Manual of the Civil Veterinary Department, Central Provinces and Berar
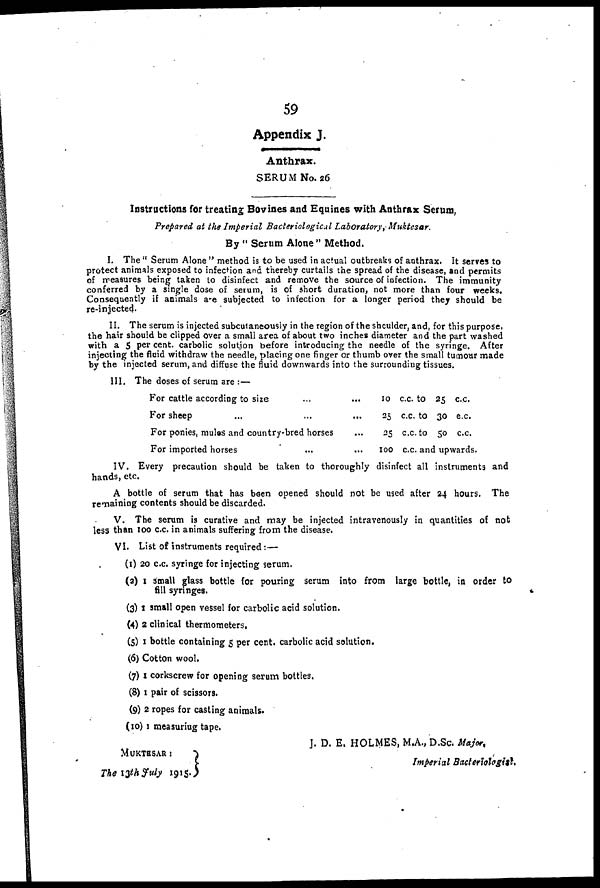
59
Appendix J.
Anthrax.
SERUM No. 26
Instructions for treating Bovines and Equines with Anthrax Serum,
Prepared at the Imperial Bacteriological Laboratory, Muktesar.
By " Serum Alone " Method.
I. The " Serum Alone " method is to be used in actual outbreaks of anthrax. It serves to
protect animals exposed to infection and thereby curtails the spread of the disease, and permits
of measures being taken to disinfect and remove the source of infection. The immunity
conferred by a single dose of serum, is of short duration, not more than four weeks.
Consequently if animals a r e subjected to infection for a longer period they should be
re-injected.
II. The serum is injected subcutaneously in the region of the shoulder, and, for this purpose,
the hair should be clipped over a small area of about two inches diameter and the part washed
with a 5 per cent. carbolic solution before introducing the needle of the syringe. After
injecting the fluid withdraw the needle, placing one finger or thumb over the small tumour made
by the injected serum, and diffuse the fluid downwards into the surrounding tissues.
III. The doses of serum are :—
For cattle accordiog to site
...
...
For sheep
...
...
...
For ponies, mules and country-bred horses
...
For imported horses
...
...
10 c.c. to 35 c.c.
25 c.c. to 30 e.c.
35 c.c. to 50 c.c.
100 c.c. and upwards.
IV. Every precaution should be taken to thoroughly disinfect all instruments and
hands, etc.
A bottle of serum that has been opened should not be used after 24 hours. The
renaining contents should be discarded.
V. The serum is curative and may be injected intravenously in quantities of not
less than 100 c.c. in animals suffering from the disease.
VI. List of instruments required:—
(1) 20 c.c. syringe for injecting serum.
(2) 1 small glass bottle for pouring serum into from large bottle, in order to
fill syringes.
(3) 1 small open vessel for carbolic acid solution.
(4) 2 clinical thermometers.
(5) 1 bottle containing 5 per cent. carbolic acid solution.
(6) Cotton wool.
(7) 1 corkscrew for opening serum bottles.
(8) 1 pair of scissors.
(9) 2 ropes for casting animals.
(10) 1 measuring tape.
MUKTBSAR
The 13th july 1915.
J. D. E. HOLMES, M.A., D.Sc. Major,
Imperial Bacteriologist.